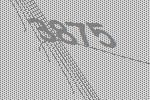
3875